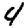
Digit: 4